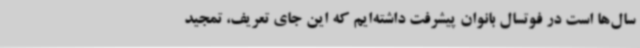
سال‌ها است در فوتسال بانوان پیشرفت داشته‌ایم که این جای تعریف، تمجید